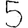
Digit: 5